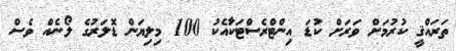
ތަރައްޤީ ކުރުމަށް ވަރަށް ކުޑަ އިންޓްރެސްޓަކަާއެކު 100 މިލިޔަން ޑޮލަރުގެ ލޯނެއް ވެސް